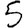
Digit: 5